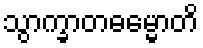
သွာက္ခာတဓမ္မောတိ